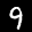
Label: 9